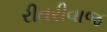
રીતરીવાજ